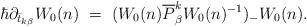
LaTeX: \begin{align*}\hbar\partial_{\bar{t}_{k\beta}}W_0(n)~=~(W_0(n)\overline{P}_{\beta}^kW_0(n)^{-1})_-W_0(n). \end{align*}